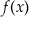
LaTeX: f ( { \boldsymbol { x } } )